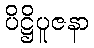
ပိဋ္ဌိပူဇနာ